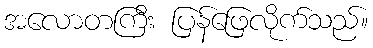
အလောတကြီး ပြန်ဖြေလိုက်သည်။